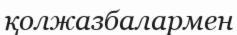
қолжазбалармен